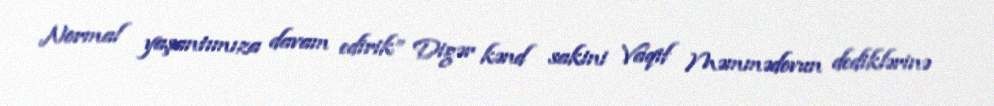
Normal yaşantımıza davam edirik” Digər kənd sakini Vaqif Məmmədovun dediklərinə